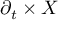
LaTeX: \partial _ { t } \times X